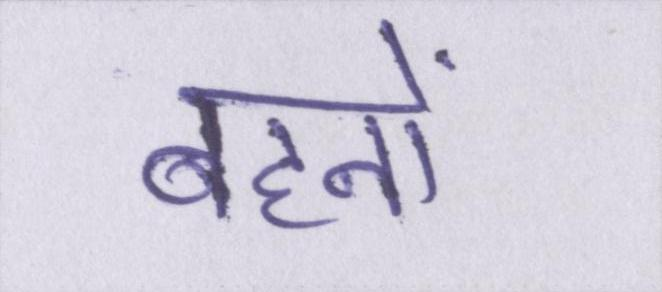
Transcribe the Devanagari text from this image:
बहनों